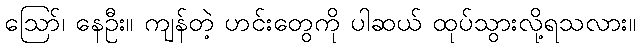
ဪ၊ နေဦး။ ကျန်တဲ့ ဟင်းတွေကို ပါဆယ် ထုပ်သွားလို့ရသလား။